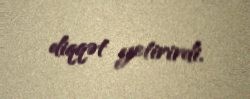
diqqət yetirirdi.